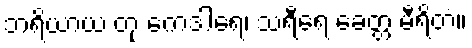
ဘရိယာယံ တု ကေဒါရေ၊ သရီရေ ခေတ္တ မီရိတံ။